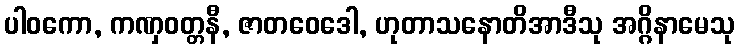
ပါဝကော, ကဏှဝတ္တနီ, ဇာတဝေဒေါ, ဟုတာသနောတိအာဒီသု အဂ္ဂိနာမေသု